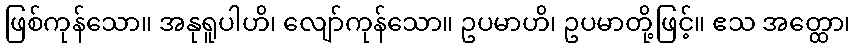
ဖြစ်ကုန်သော။ အနုရူပါဟိ၊ လျော်ကုန်သော။ ဥပမာဟိ၊ ဥပမာတို့ဖြင့်။ ဧသ အတ္ထော၊